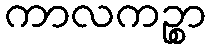
ကာလကဉ္စာ